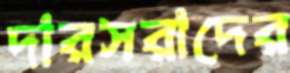
দারসরাদের